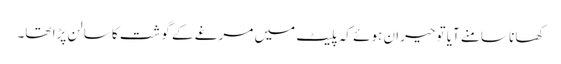
کھانا سامنے آیا تو حیران ہوئے کہ پلیٹ میں مرغے کے گوشت کا سالن پڑا تھا۔